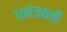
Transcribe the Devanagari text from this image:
धनंजयची